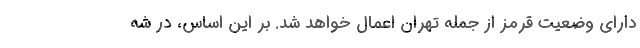
دارای وضعیت قرمز از جمله تهران اعمال خواهد شد. بر این اساس، در شه